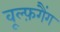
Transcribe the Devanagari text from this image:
वूल्फ़गैंग